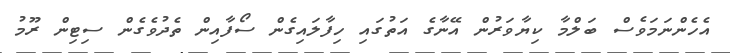
އެހެންނަމަވެސް ބަލްމާ ކިޔާވަރުން އޭނާގެ އަތުގައި ހިފާލައިގެން ސޯފާއިން ތެދުވެގެން ސިޓިން ރޫމު